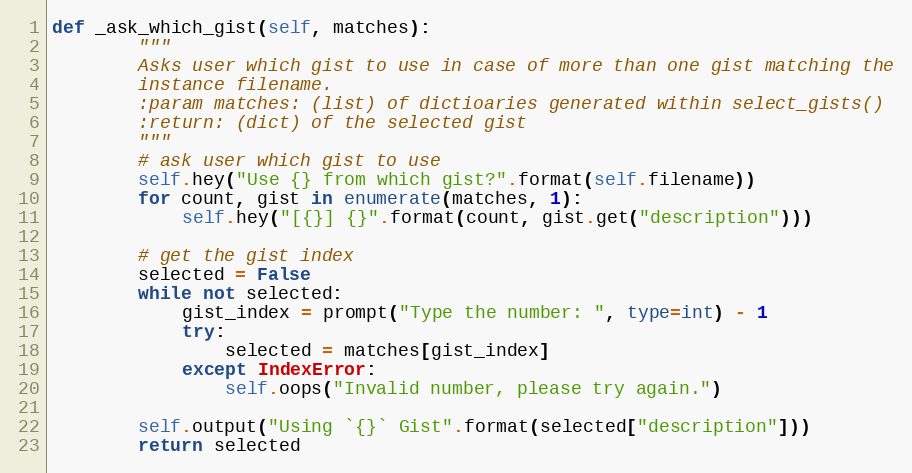
Language: Python
def _ask_which_gist(self, matches):
        """
        Asks user which gist to use in case of more than one gist matching the
        instance filename.
        :param matches: (list) of dictioaries generated within select_gists()
        :return: (dict) of the selected gist
        """
        # ask user which gist to use
        self.hey("Use {} from which gist?".format(self.filename))
        for count, gist in enumerate(matches, 1):
            self.hey("[{}] {}".format(count, gist.get("description")))

        # get the gist index
        selected = False
        while not selected:
            gist_index = prompt("Type the number: ", type=int) - 1
            try:
                selected = matches[gist_index]
            except IndexError:
                self.oops("Invalid number, please try again.")

        self.output("Using `{}` Gist".format(selected["description"]))
        return selected